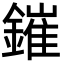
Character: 鏙